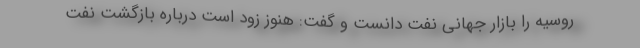
روسیه را بازار جهانی نفت دانست و گفت: هنوز زود است درباره بازگشت نفت